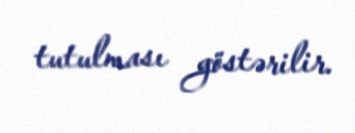
tutulması göstərilir.